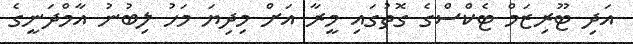
އަދި ޓޫރިޒަމް ޓެކްސްގެ ގޮތުގައި މީރާ އަށް މިދިޔަ މަހު ލިބުނު އާމްދަނީގެ